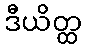
ဒီယိတ္ထ